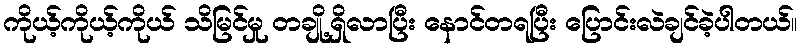
ကိုယ့်ကိုယ့်ကိုယ် သိမြင်မှု တချို့ရှိလာပြီး နောင်တရပြီး ပြောင်းလဲချင်ခဲ့ပါတယ်။